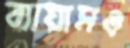
ব্যায়ামও